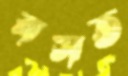
বসত